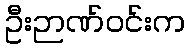
ဦးဉာဏ်ဝင်းက